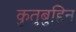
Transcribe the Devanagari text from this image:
कुतुबुद्दिन